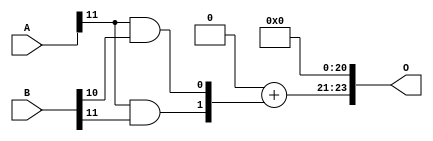
/***
* This code is a part of EvoApproxLib library (ehw.fit.vutbr.cz/approxlib) distributed under The MIT License.
* When used, please cite the following article(s): PRABAKARAN B. S., MRAZEK V., VASICEK Z., SEKANINA L., SHAFIQUE M. ApproxFPGAs: Embracing ASIC-based Approximate Arithmetic Components for FPGA-Based Systems. DAC 2020. 
***/
// MAE% = 15.61 %
// MAE = 2619392 
// WCE% = 62.45 %
// WCE = 10477569 
// WCRE% = 100.00 %
// EP% = 99.95 %
// MRE% = 79.47 %
// MSE = 10920.526e9 
// FPGA_POWER = 0.25
// FPGA_DELAY = 6.3
// FPGA_LUT = 1.0


module mul12u_2NR ( A, B, O );
  input [11:0] A;
  input [11:0] B;
  output [23:0] O;

  wire S_11_10,S_11_11,S_12_10,S_12_11,S_12_9;

  assign S_11_10 = (A[11] & B[10]);
  assign S_11_11 = (A[11] & B[11]);
  assign {S_12_11, S_12_10, S_12_9} = {1'b0, 1'b0} + {S_11_11, S_11_10};
  assign O = {S_12_11,S_12_10,S_12_9,1'b0,1'b0,1'b0,1'b0,1'b0,1'b0,1'b0,1'b0,1'b0,1'b0,1'b0,1'b0,1'b0,1'b0,1'b0,1'b0,1'b0,1'b0,1'b0,1'b0,1'b0};

endmodule